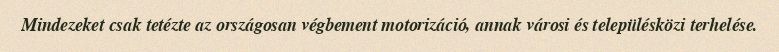
Mindezeket csak tetézte az országosan végbement moto­ri­zá­ció, annak városi és településközi terhelése.